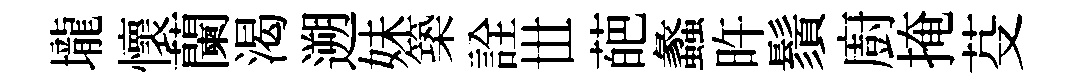
壠懷蘭渴遡妹築詮𠀍葩蠡旿鬚廚掩芟